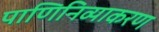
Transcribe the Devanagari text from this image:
पाणिनिव्याकरण